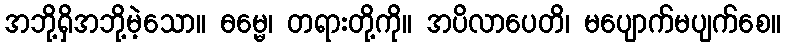
အဘို့ရှိအဘို့မဲ့သော။ ဓမ္မေ၊ တရားတို့ကို။ အပိလာပေတိ၊ မပျောက်မပျက်စေ။